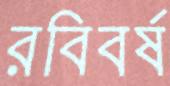
রবিবর্ষ